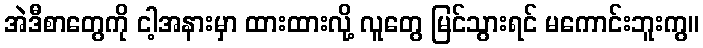
အဲဒီစာတွေကို ငါ့အနားမှာ ထားထားလို့ လူတွေ မြင်သွားရင် မကောင်းဘူးကွ။